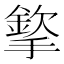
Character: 𢵡